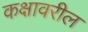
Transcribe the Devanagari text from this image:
कक्षावरील